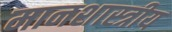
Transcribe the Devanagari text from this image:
मानशास्त्रीय